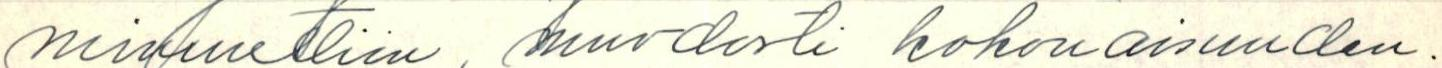
minuuttiin muodosti kokonaisuuden.